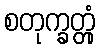
စတုက္ခတ္တုံ